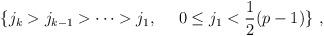
LaTeX: \begin{align*}\{j_k>j_{k-1}>\cdots>j_1,~~~~0\leq j_1<\frac{1}{2}(p-1)\}~,\end{align*}